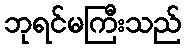
ဘုရင်မကြီးသည်